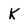
Character: K